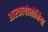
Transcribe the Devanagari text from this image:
आरकायोनोमिया